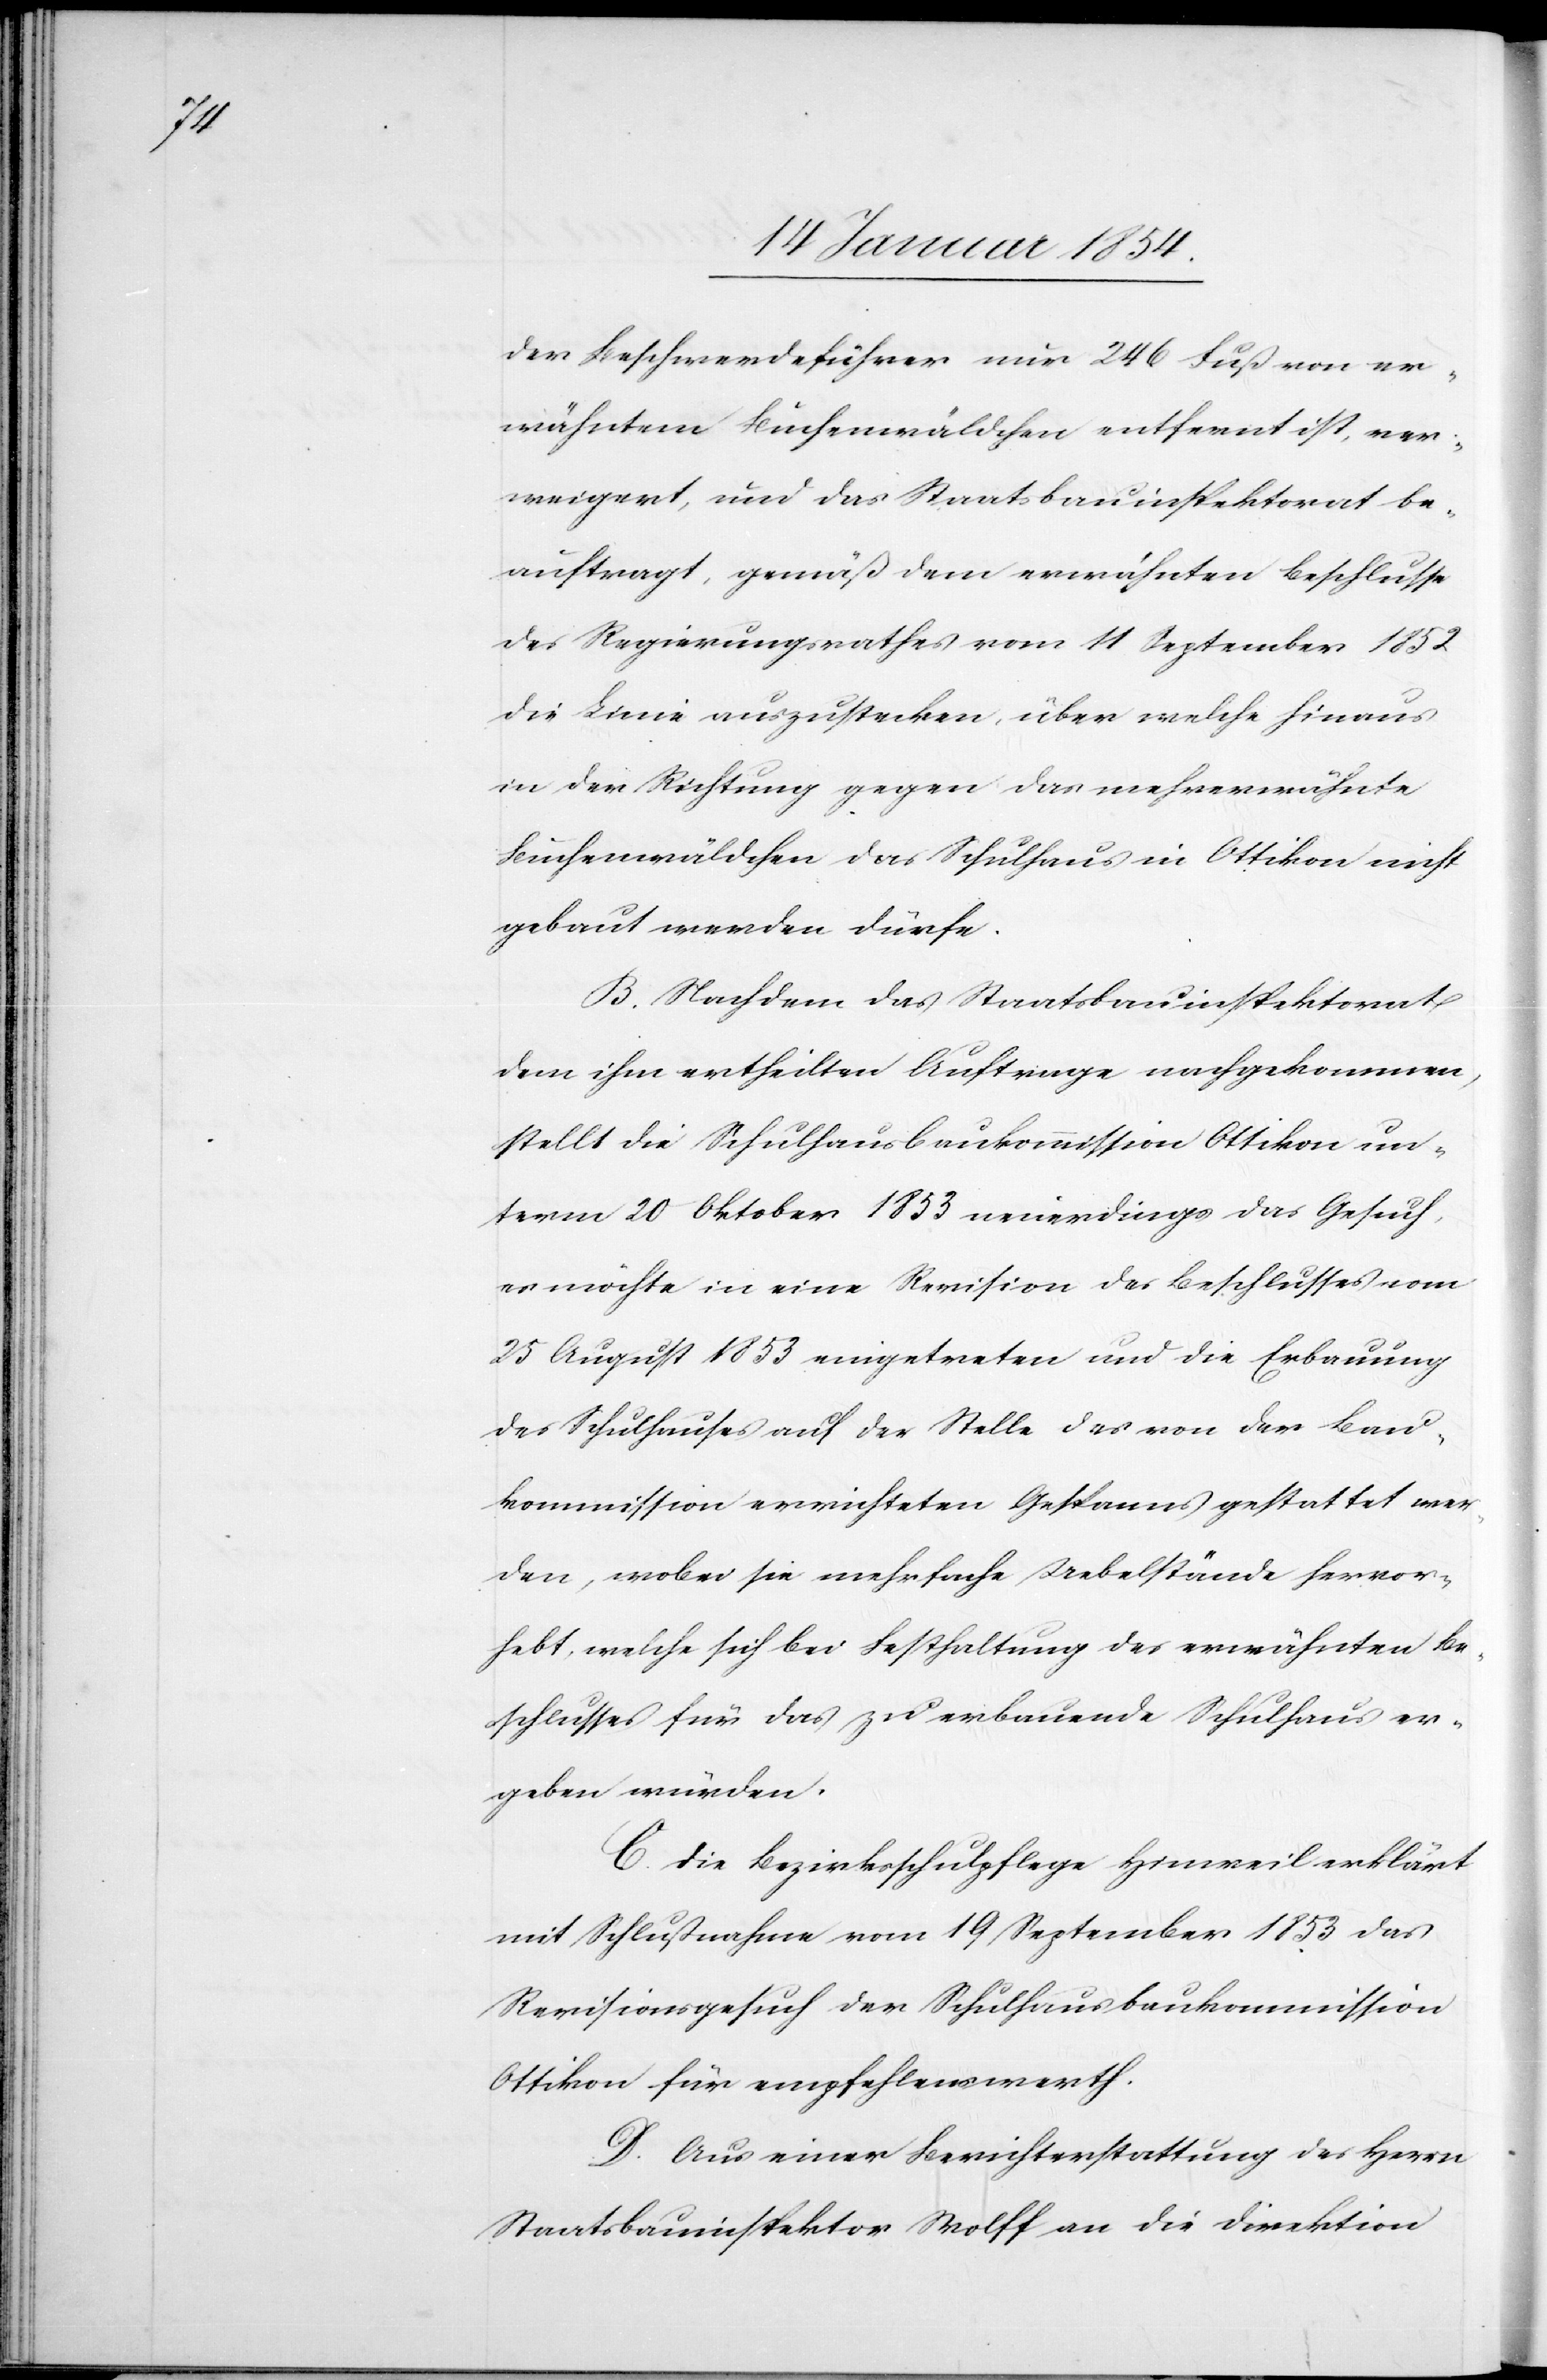
der Beschwerdeführer nur 246 Fuß von er¬
wähntem Buchenwäldchen entfernt ist, ver¬
weigert, und das Staatsbauinspektorat be¬
auftragt, gemäß dem erwähnten Beschlusse
des Regierungsrathes vom 11 September 1852
die Linie auszustecken, über welche hinaus
in der Richtung gegen das mehrerwähnte
Buchenwäldchen das Schulhaus in Ottikon nicht
gebaut werden dürfe.
B. Nachdem das Staatsbauinspektorat
dem ihm ertheilten Auftrage nachgekommen,
stellt die Schulhausbaukommission Ottikon un¬
term 20 Oktober 1853 neuerdings das Gesuch,
es möchte in eine Revision des Beschlusses vom
25 August 1853 eingetreten und die Erbauung
des Schulhauses auf der Stelle des von der Bau¬
kommission errichteten Gespanns gestattet wer¬
den, wobei sie mehrfache Uebelstände hervor¬
hebt, welche sich bei Festhaltung des erwähnten Be¬
schlusses für das zu erbauende Schulhaus er¬
geben würden.
C. Die Bezirksschulpflege Hinweil erklärt
mit Schlußnahme vom 19 September 1853 das
Revisionsgesuch der Schulhausbaukommission
Ottikon für empfehlenswerth.
D. Aus einer Berichterstattung des Herrn
Staatsbauinspektor Wolff an die Direktion